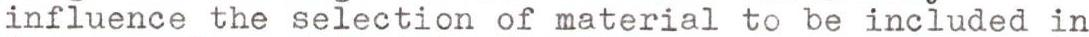
influence the selection of material to be included in